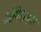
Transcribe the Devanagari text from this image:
ऑपेराकार